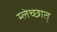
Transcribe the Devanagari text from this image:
म्लेच्छात्